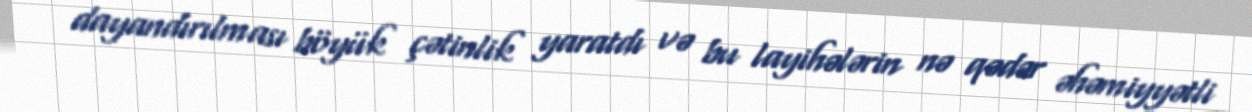
dayandırılması böyük çətinlik yaratdı və bu layihələrin nə qədər əhəmiyyətli